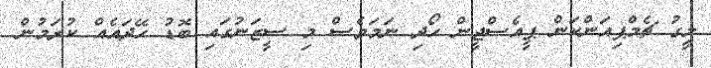
ލީގު ޗެމްޕިއަންކަން ޕީއެސްޖީން ހޯދި ނަމަވެސް މި ސީޒަނުގައި ބޮޑު ހޭދައެއް ކުރަމުން